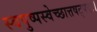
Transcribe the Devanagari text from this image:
स्वपुष्पस्वेच्छात्तषट्पदः।